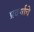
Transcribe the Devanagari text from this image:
प्रवर्गाचे